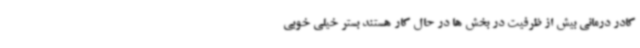
کادر درمانی بیش از ظرفیت در بخش ها در حال کار هستند بستر خیلی خوبی